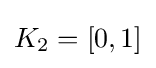
K_{2}=[0,1]